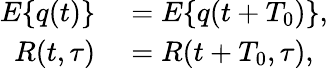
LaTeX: \begin{array}{rl}{E\{ q(t)\} }&{{}=E\{ q(t+T_{0})\} ,}\\ {R(t,\tau)}&{{}=R(t+T_{0},\tau),}\end{array}